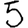
Digit: 5